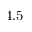
4 . 5